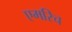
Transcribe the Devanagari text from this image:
एमरिच